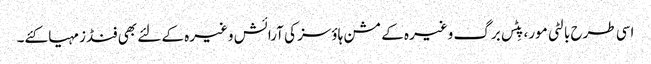
اسی طرح بالٹی مور، پِٹس برگ وغیرہ کے مشن ہاؤسز کی آرائش وغیرہ کے لئے بھی فنڈز مہیا کئے۔